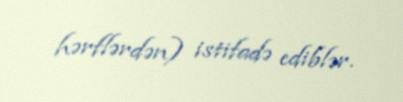
hərflərdən) istifadə ediblər.